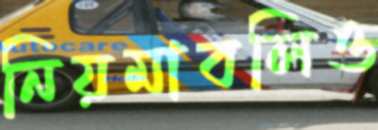
নিয়মাবলিও